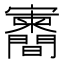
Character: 𪧶